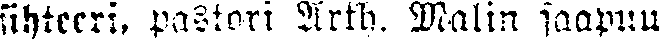
sihteeri, pastori Arth. Malin saapuu